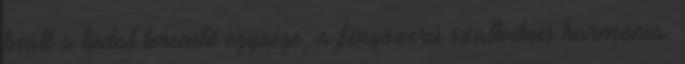
beáll a tudat teremtő egysége, a fényszerű szattvikus harmónia.